Tezpur Lunatic Asylum reports 1877-1894 - 1877-1894
Year: 1877
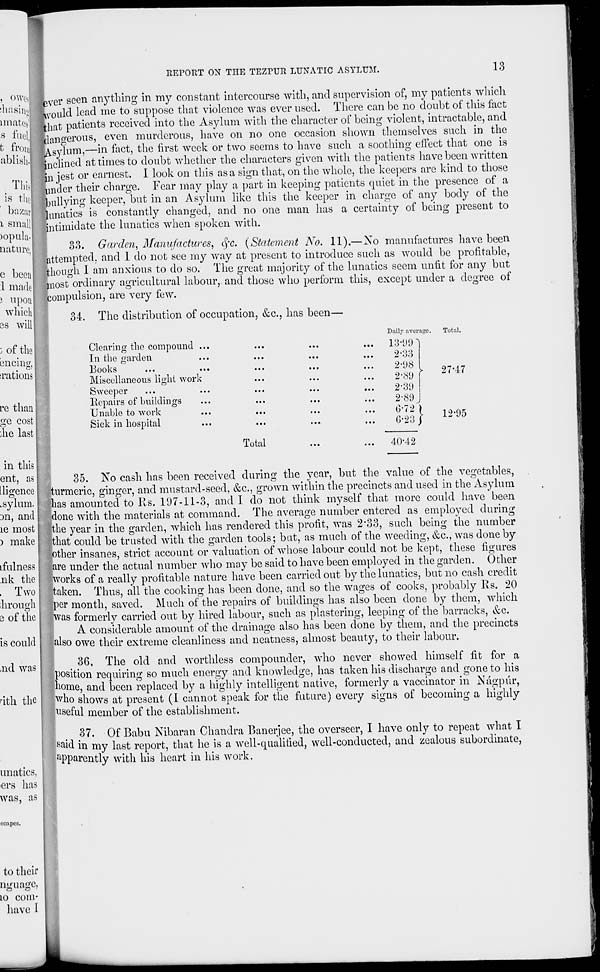
RETORT ON TIIE TEZPUR LUNATIC ASYLUM.
13
shasinj
11 nate*'
s fuel,
t from
abiish.
Thig
is the
bazav
i small
)opula-
nature,
e been
:1 made
J upon
which
2S will
~J of the
encins,
•.rations
re than
ge cost
;he last
in this
ent, as
lligence
.sylum.
an, and
le most
) make
ifalncss
nk the
. Two I
hrougli
3 of the
is could
,nd was
rith the
nnatics,
ers has
was, as
3ver seen anything in my constant intercourse with, and supervision of, my patients which
Jvvould lead me to suppose that violence was ever used. There can be no doubt of this fact
■that patients received into the Asylum with the character of being violent, intractable, and
dangerous, even murderous, have on no one occasion shown themselves such in the
Msylum,—in fact, the first week or two seems to have such a soothing effect that one is
inclined at times to doubt whether the characters given with the patients have been written
%i jest or earnest. I look on this as a sign that, on the whole, the keepers are kind to those
under their charge. Tear may play a part in keeping patients quiet in the presence of a
fbnllyhig keeper, but in an Asylum like this the keeper in charge of any body of the
lunatics is constantly changed, and no one man has a certainty of being present to
Jintimidate the lunatics when spoken with.
no
Garden, Manufactures, fyc. {Statement No. 11).— No manufactures have been
attempted, and 1 do not see my way at present to introduce such as would be profitable,
fthough 1 am anxious to do so. The great majority of the lunatics seem unfit for any but
most ordinary agricultural labour, and those who perform this, except under a degree of
compulsion, are very few.
34. The distribution of occupation, &c, has been—
Clearing the compound .,
In the garden
Books
Miscellaneous light work
Sweeper
Repairs of buildings
Unable to work
Sick in hospital
Total
Daily average
...
13-99 1
...
2-33
...
2-98 >
...
2-89
...
2-39
...
2-89
...
0-72 )
...
G-23J r
...
40-42
Total.
27-47
12-95
35. No cash has been received during the year, but the value of the vegetables,
turmeric, ginger, and mustard-seed, &c, grown within the precincts and used in the Asylum
has amounted to Rs. 197-11-3, and I do not think myself that more could have been
done with the materials at command. The average number entered as employed during
the year in the garden, which has rendered this profit, was 2'33, such being the number
that could be trusted with the garden tools; bat, as much of the weeding, &c, was done by
other insanes, strict account or valuation of whose labour could not be kept, these figures
are under the actual number who may be said to have been employed in the garden. Other
works of a really profitable nature have been carried out by the lunatics, but no cash credit
taken. Thus, all the cooking has been done, and so the wages of cooks, probably Rs. 20
per month, saved. Much of the repairs of buildings has also been done by them, which
was formerly carried out by hired labour, such as plastering, leeping of the barracks, &c.
A considerable amount of the drainage also has been done by them, and the precincts
also owe their extreme cleanliness and neatness, almost beauty, to their labour.
36. The old and worthless compoundcr, who never showed himself fit for a
position requiring so much energy and knowledge, has taken his discharge and gone to his
home, and been replaced by a highly intelligent native, formerly a vaccinator in Nagpur,
who shows at present (I cannot speak for the future) every signs of becoming a highly
useful member of the establishment.
37. Of Babu Nibaran Chandra Banerjee, the overseer, I have only to repeat what I
said in my last report, that he is a well-qualified, well-conducted, and zealous subordinate,
apparently with his heart in his work.
scapes.
to their
nguagc,
to com-
have I